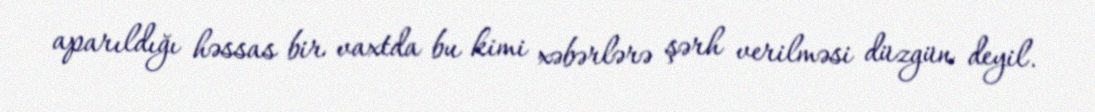
aparıldığı həssas bir vaxtda bu kimi xəbərlərə şərh verilməsi düzgün deyil.